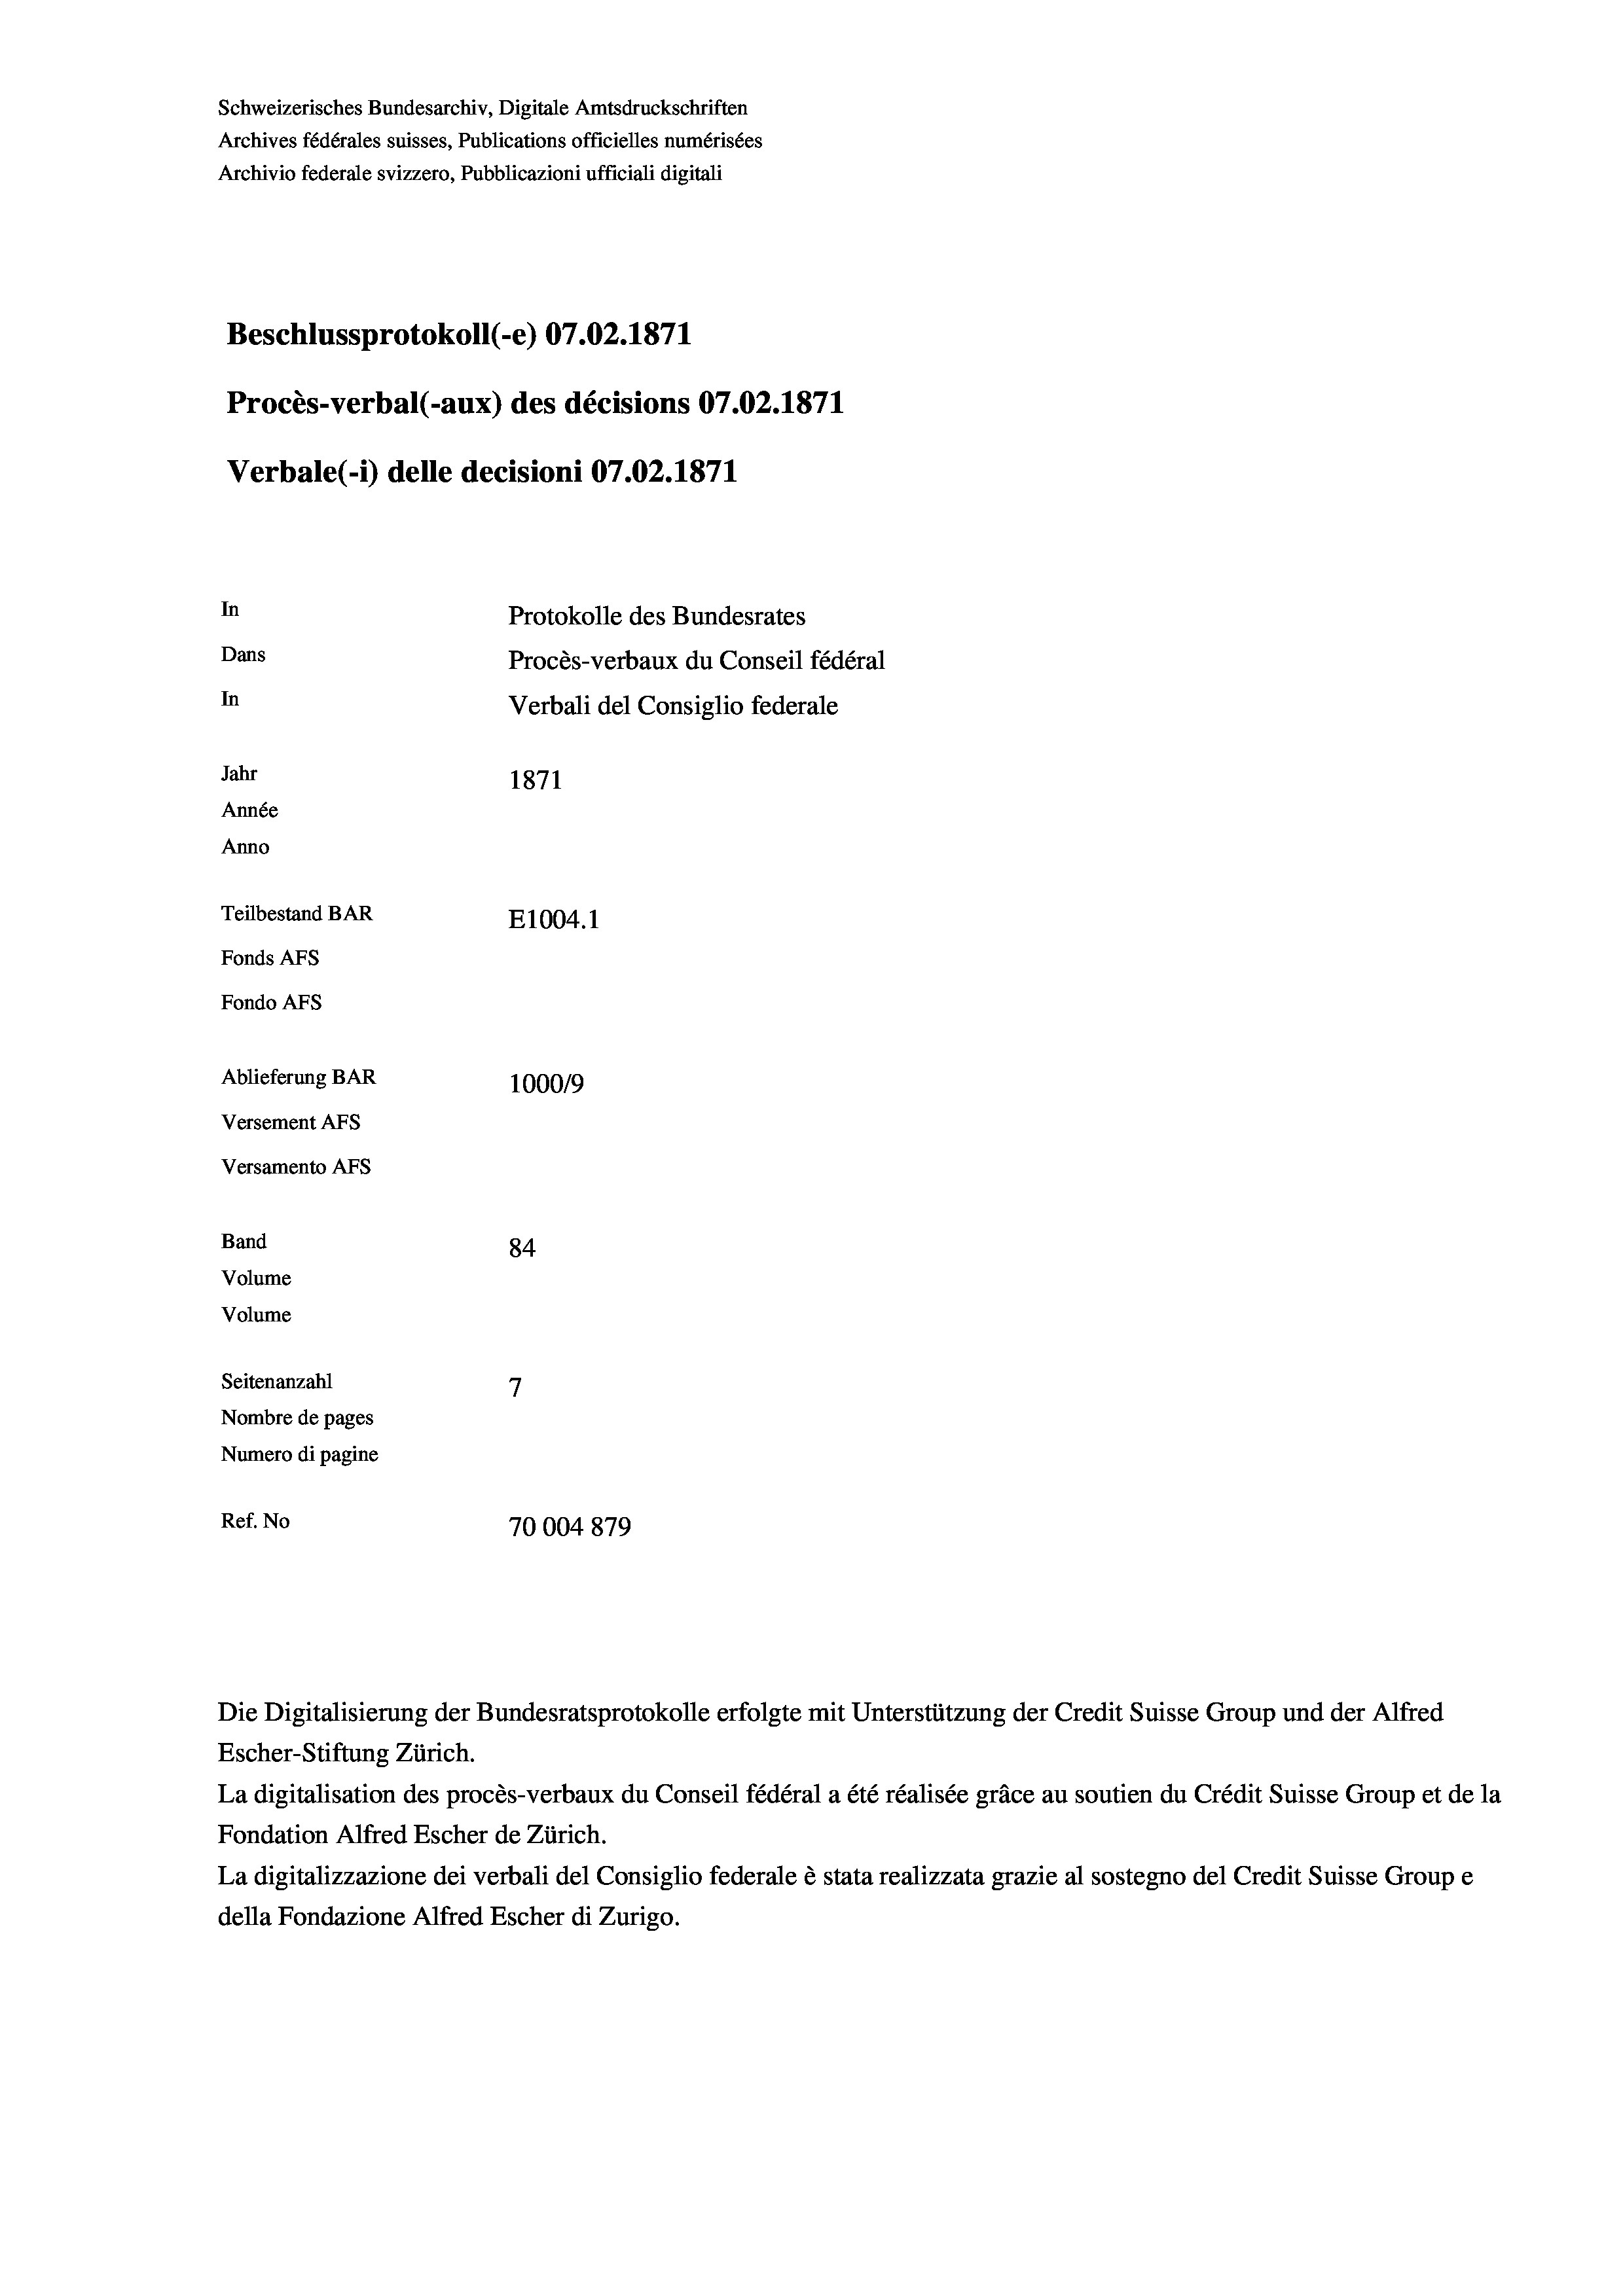
Schweizerisches Bundesarchiv, Digitale Amtsdruckschriften
Archives fédérales suisses, Publications officielles numérisées
Archivio federale svizzero, Pubblicazioni ufficiali digitali
Beschlussprotokoll (-e) 07.02. 1871
Procès-verbal (-aux) des décisions 07.02. 1871
Verbale (- 1) delle decisioni 07.02. 1871
In
Protokolle des Bundesrates
Dans
Procès-verbaux du Conseil fédéral
In
Verbali del Consiglio federale
Jahr
1871
Année
Anno
Teilbestand BAR
E1004. 1
Fonds AFs
Fondo AFs
Ablieferung BAR
100019
Versement Abs
Versamento Afs

84
7
Seitenanzahl
Nombre de pages
Numero di pagine
Ref. No
70004 879

Band
Volume

Volume

Escher-Stiftung Zürich.
La digitalisation des procès-verbaux du Conseil fédéral a été réalisée gräce au soutien du Crédit Suisse Group et de la
Fondation Alfred Escher de Zürich.
La digitalizzazione dei verbali del Consiglio federale è stata realizzata grazie al sostegno del Credit Suisse Groupe
della Fondazione Alfred Escher di Zurigo.

Die Digitalisierung der Bundesratsprotokolle erfolgte mit Unterstützung der Credit Suisse Group und der Alfred